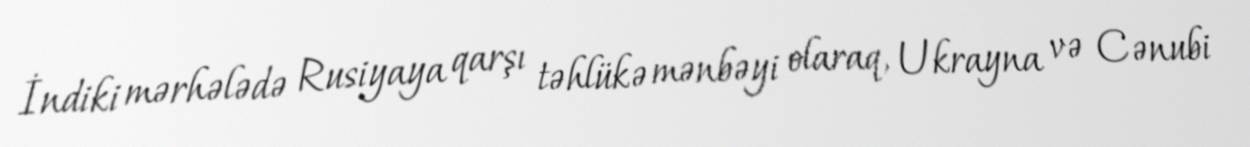
İndiki mərhələdə Rusiyaya qarşı təhlükə mənbəyi olaraq, Ukrayna və Cənubi